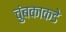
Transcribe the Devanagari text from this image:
चुंबकाकडे